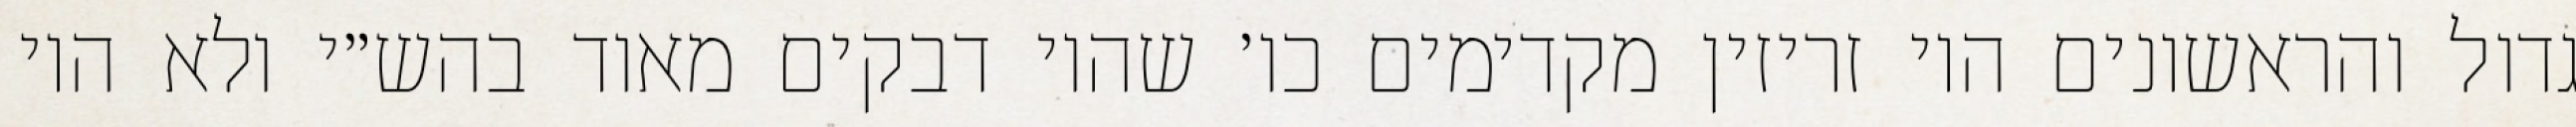
גדול והראשונים היו זריזין מקדימים כו׳ שהיו דבקים מאוד בהש״י ולא היו